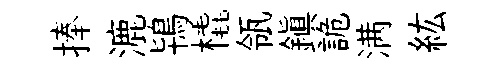
捧漉鴇橇瓴鎮詭满紘